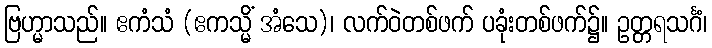
ဗြဟ္မာသည်။ ဧကံသံ (ဧကသ္မိံ အံသေ)၊ လက်ဝဲတစ်ဖက် ပခုံးတစ်ဖက်၌။ ဥတ္တရသင်္ဂံ၊